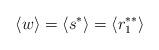
LaTeX: \begin{align*}\langle w \rangle = \langle s^{*} \rangle = \langle r^{**}_1 \rangle\end{align*}